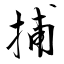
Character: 捕